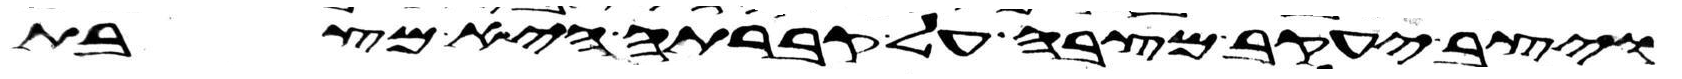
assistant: ויצב יעקב מצבה על קברתה היא מצבת